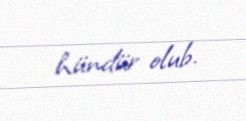
hündür olub.